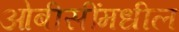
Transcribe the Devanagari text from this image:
ओबीसींमधील